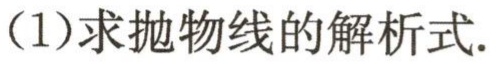
（1）求抛物线的解析式.